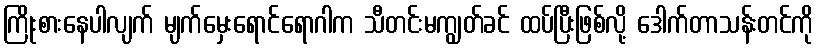
ကြိုးစားနေပါလျက် မျက်မှေးရောင်ရောဂါက သီတင်းမကျွတ်ခင် ထပ်ပြီးဖြစ်လို့ ဒေါက်တာသန်းတင်ကို